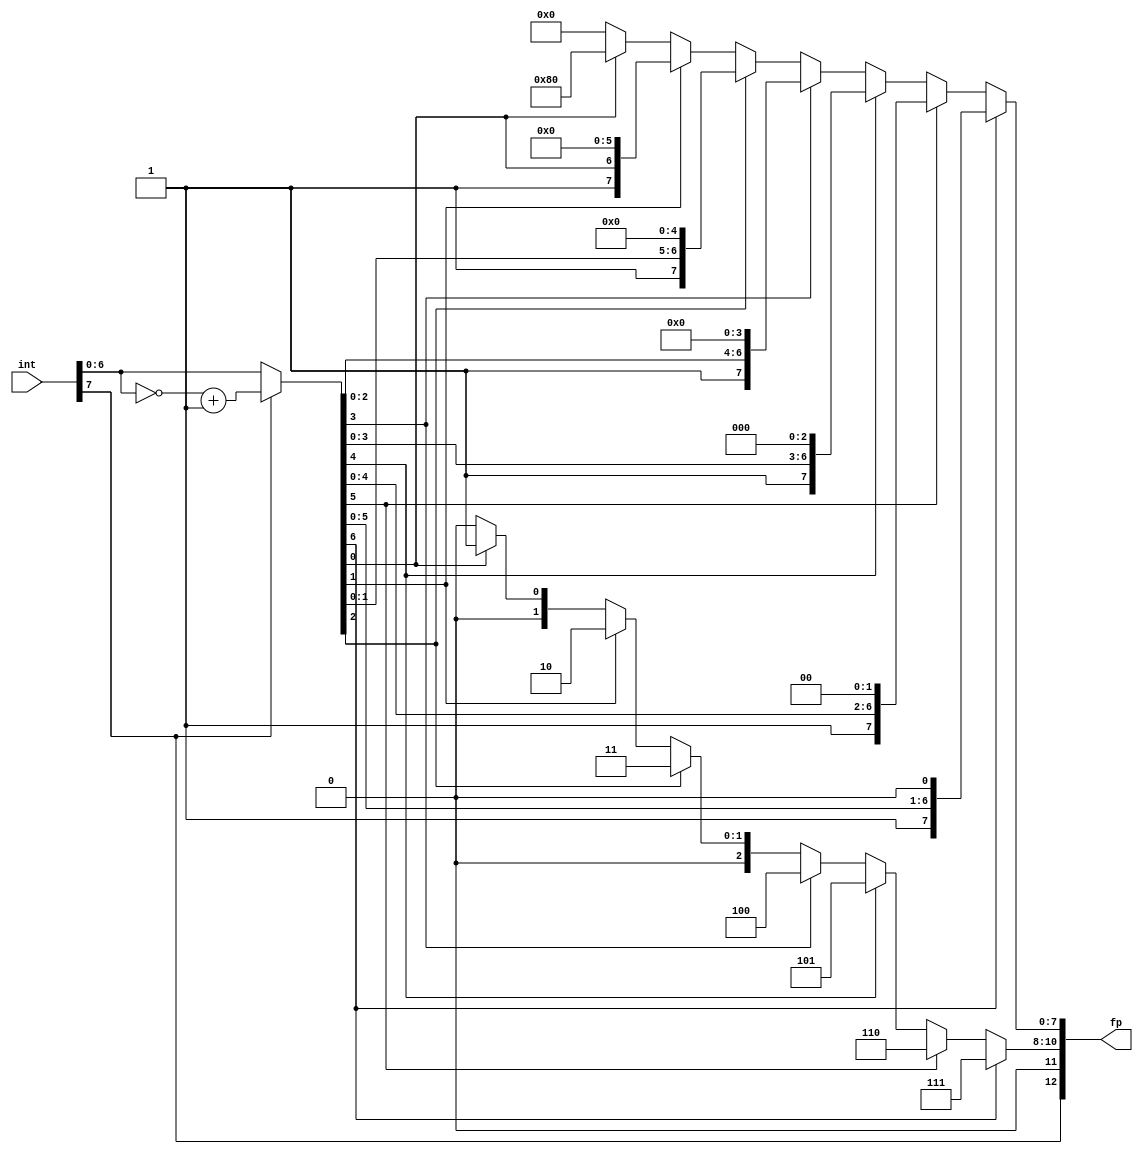
// Signed integer to floating-point converter

module int_to_fp
    (
    input  wire[7:0] int,
    output wire[12:0] fp
    );

    // internal signal declaration
    wire     int_sign;
    reg[6:0] int_unsigned;
    assign   int_sign = int[7];
    
    wire     fp_sign;
    reg[3:0] fp_exp;
    reg[7:0] fp_frac;
    assign fp_sign = int_sign;
    assign fp = {fp_sign, fp_exp, fp_frac};

    always @*
    begin
        // negative
        if (int_sign) int_unsigned = ~(int[6:0]) + 1;
        // positive
        else int_unsigned = int[6:0];
        
        // exp is how many shifts it takes to turn the value into a fraction
        // frac is the value of the fraction after these shifts
        if (int_unsigned[6]) 
            begin 
                fp_exp  = 7;
                fp_frac = {int_unsigned[6:0], 1'b0};
            end
        else if (int_unsigned[5])
            begin
                fp_exp = 6;
                fp_frac = {int_unsigned[5:0], 2'b00};
            end
        else if (int_unsigned[4])
            begin
                fp_exp = 5;
                fp_frac = {int_unsigned[4:0], 3'b000};
            end
        else if (int_unsigned[3])
            begin
                fp_exp = 4;
                fp_frac = {int_unsigned[3:0], 4'b0000};
            end
        else if (int_unsigned[2])
            begin
                fp_exp = 3;
                fp_frac = {int_unsigned[2:0], 5'b00000};
            end
        else if (int_unsigned[1])
            begin
                fp_exp = 2;
                fp_frac = {int_unsigned[1:0], 6'b000000};
            end
        else if (int_unsigned[0])
            begin
                fp_exp = 1;
                fp_frac = {int_unsigned[0], 7'b0000000};
            end
        else // zero
            begin
                fp_exp = 0;
                fp_frac = 0;
            end
    end

endmodule